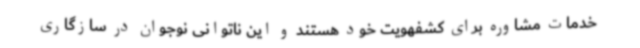
خدمات مشاوره برای کشفهویت خود هستند و این ناتوانی نوجوان در سازگاری